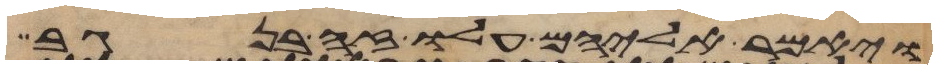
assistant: ויאמר אליהם עלו זה בנגב